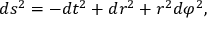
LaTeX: d s ^ { 2 } = - d t ^ { 2 } + d r ^ { 2 } + r ^ { 2 } d \varphi ^ { 2 } ,